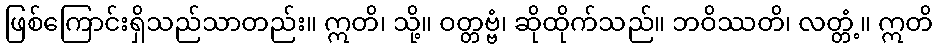
ဖြစ်ကြောင်းရှိသည်သာတည်း။ ဣတိ၊ သို့။ ဝတ္တဗ္ဗံ၊ ဆိုထိုက်သည်။ ဘဝိဿတိ၊ လတ္တံ့။ ဣတိ